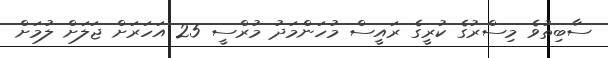
ސާބިތުވެ މިސްރުގެ ކުރީގެ ރައީސް މުހަންމަދު މުރްސީ 25 އަހަރަށް ޖަލަށް ލުމަށް